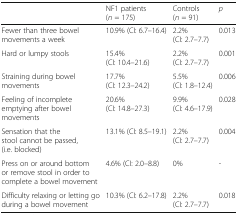
|  | NF1 patients(n = 175) | Controls(n = 91) | p |
 | --- | --- | --- | --- |
 | Fewer than three bowel movements a week | 10.9% (CI: 6.7–16.4) | 2.2% (CI: 2.7–7.7) | 0.013 |
 | Hard or lumpy stools | 15.4% (CI: 10.4–21.6) | 2.2% (CI: 2.7–7.7) | 0.001 |
 | Straining during bowel movements | 17.7% (CI: 12.3–24.2) | 5.5% (CI: 1.8–12.4) | 0.006 |
 | Feeling of incomplete emptying after bowel movements | 20.6% (CI: 14.8–27.3) | 9.9% (CI: 4.6–17.9) | 0.028 |
 | Sensation that the stool cannot be passed, (i.e. blocked) | 13.1% (CI: 8.5–19.1) | 2.2% (CI: 2.7–7.7) | 0.004 |
 | Press on or around bottom or remove stool in order to complete a bowel movement | 4.6% (CI: 2.0–8.8) | 0% | - |
 | Difficulty relaxing or letting go during a bowel movement | 10.3% (CI: 6.2–17.8) | 2.2% (CI: 2.7–7.7) | 0.018 |